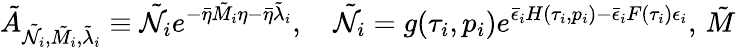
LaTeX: \tilde{A}_{\tilde{\mathcal{N}}_{i},\tilde{M_{i}},\tilde{\lambda}_{i}}\equiv\tilde{\mathcal{N}}_{i}e^{-\bar{\eta}\tilde{M}_{i}\eta-\bar{\eta}\tilde{\lambda}_{i}},\quad\tilde{\mathcal{N}}_{i}=g(\tau_{i},p_{i})e^{\bar{\epsilon}_{i}H(\tau_{i},p_{i})-\bar{\epsilon}_{i}F(\tau_{i})\epsilon_{i}},\, \tilde{M}